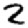
Digit: 2